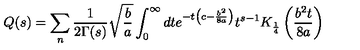
Q ( s ) = \sum _ { n } \frac { 1 } { 2 \Gamma ( s ) } \sqrt { \frac { b } { a } } \int _ { 0 } ^ { \infty } d t e ^ { - t \left( c - \frac { b ^ { 2 } } { 8 a } \right) } t ^ { s - 1 } K _ { \frac { 1 } { 4 } } \left( \frac { b ^ { 2 } t } { 8 a } \right)